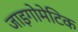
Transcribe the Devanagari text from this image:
जाइगोमेटिक